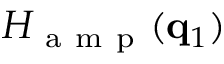
H _ { \mathrm { ~ a ~ m ~ p ~ } } ( \mathbf { q } _ { 1 } )